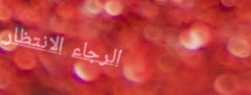
الرجاء الانتظار